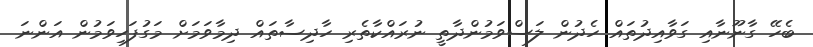
ބެހޭ ގާނޫނާއި ގަވާއިދުތައް ހެދުން ލަސްވަމުންދާތީ ނުރައްކާތެރި ހާދިސާތައް ދިމާވަމަށް މަގުފަހިވަމުން އަންނަ